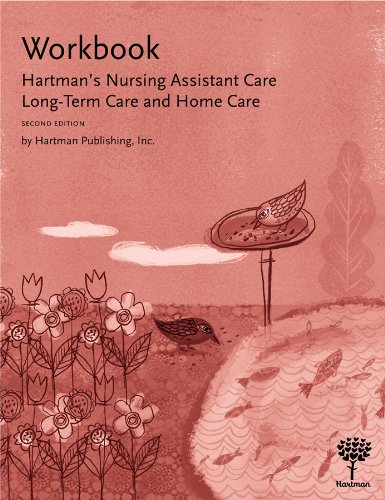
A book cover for Workbook for Hartman's Nursing Assistant Care: Long-Term Care and Home Care, 2e; Hartman Publishing Inc.; Medical Books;